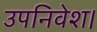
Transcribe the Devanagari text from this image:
उपनिवेश।